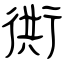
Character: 衖